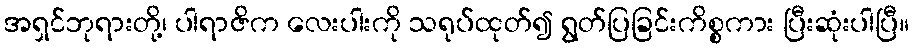
အရှင်ဘုရားတို့၊ ပါရာဇိက လေးပါးကို သရုပ်ထုတ်၍ ရွတ်ပြခြင်းကိစ္စကား ပြီးဆုံးပါပြီ။